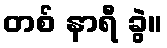
တစ် နာရီ ခွဲ။